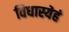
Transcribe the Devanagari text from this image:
विधास्येहं